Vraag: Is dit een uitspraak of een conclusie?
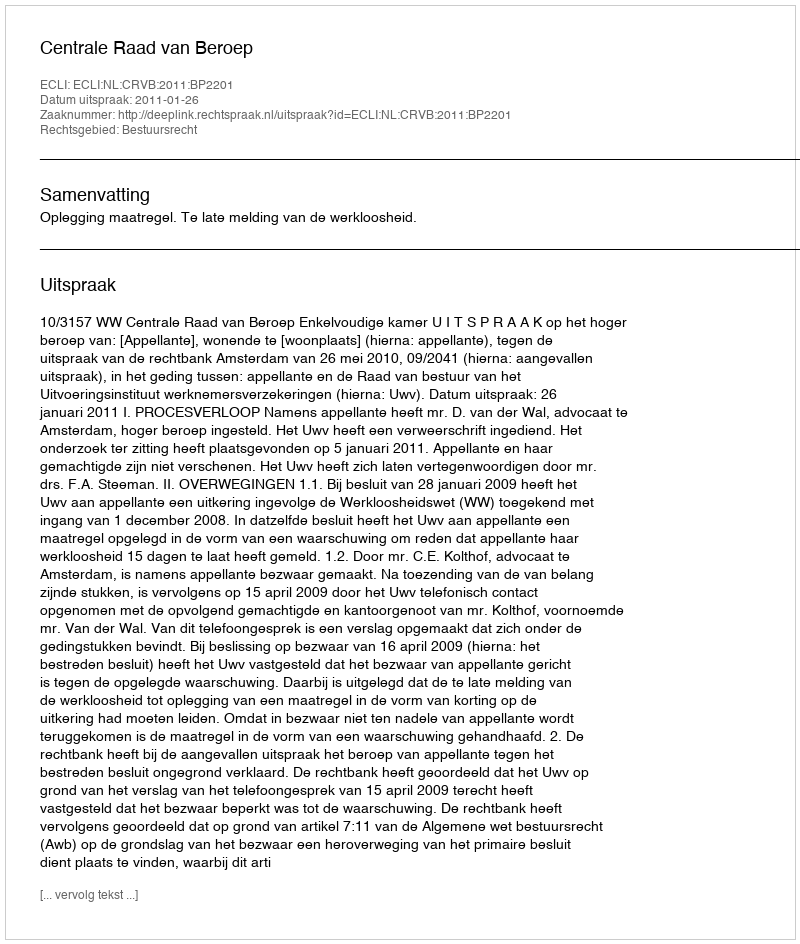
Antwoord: Uitspraak